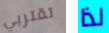
تقتربي لذا